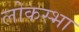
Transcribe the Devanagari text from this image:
लोकस्भा